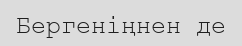
Бергеніңнен де